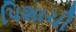
પિશાચી